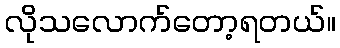
လိုသလောက်တော့ရတယ်။